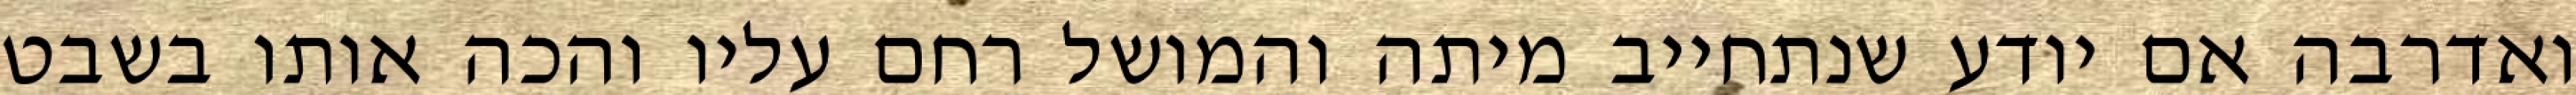
ואדרבה אם יודע שנתחייב מיתה והמושל רחם עליו והכה אותו בשבט